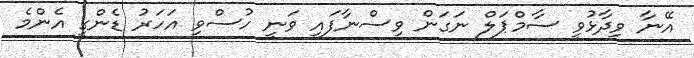
އޭނާ ވިދާޅުވީ ސާމްޕަލް ނަގަން ވިސްނާފައި ވަނީ ހުސްވި އަހަރު ޑެންގީ އެންމެ